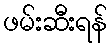
ဖမ်းဆီးရန်